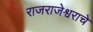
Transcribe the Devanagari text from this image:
राजराजेश्वराचे